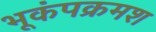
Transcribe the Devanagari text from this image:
भूकंपक्रमश